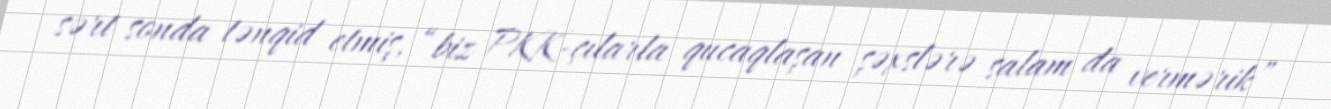
sərt sonda tənqid etmiş, “biz PKK-çılarla qucaqlaşan şəxslərə salam da vermərik”